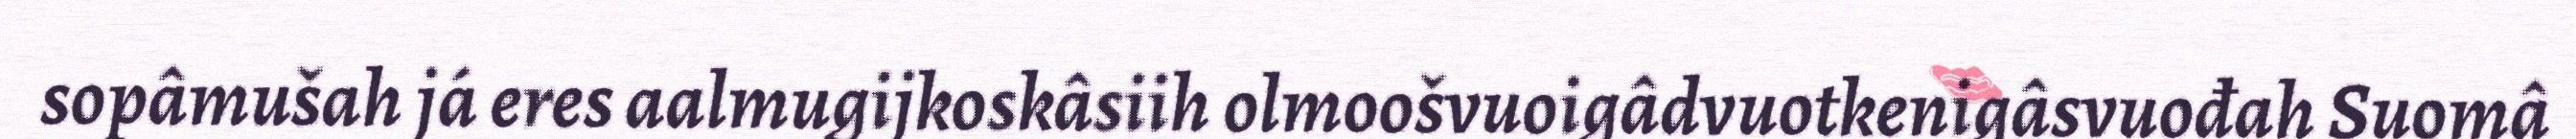
sopâmušah já eres aalmugijkoskâsiih olmoošvuoigâdvuotkenigâsvuođah Suomâ